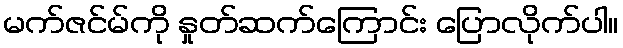
မက်ဇင်မ်ကို နှုတ်ဆက်ကြောင်း ပြောလိုက်ပါ။